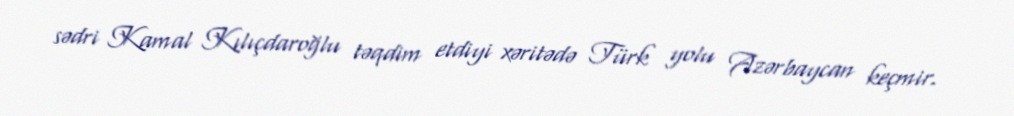
sədri Kamal Kılıçdaroğlu təqdim etdiyi xəritədə Türk yolu Azərbaycan keçmir.